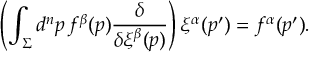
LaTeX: \left( \int _ { \Sigma } d ^ { n } p \, f ^ { \beta } ( p ) { \frac { \delta } { \delta \xi ^ { \beta } ( p ) } } \right) \xi ^ { \alpha } ( p ^ { \prime } ) = f ^ { \alpha } ( p ^ { \prime } ) .